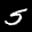
Label: 5